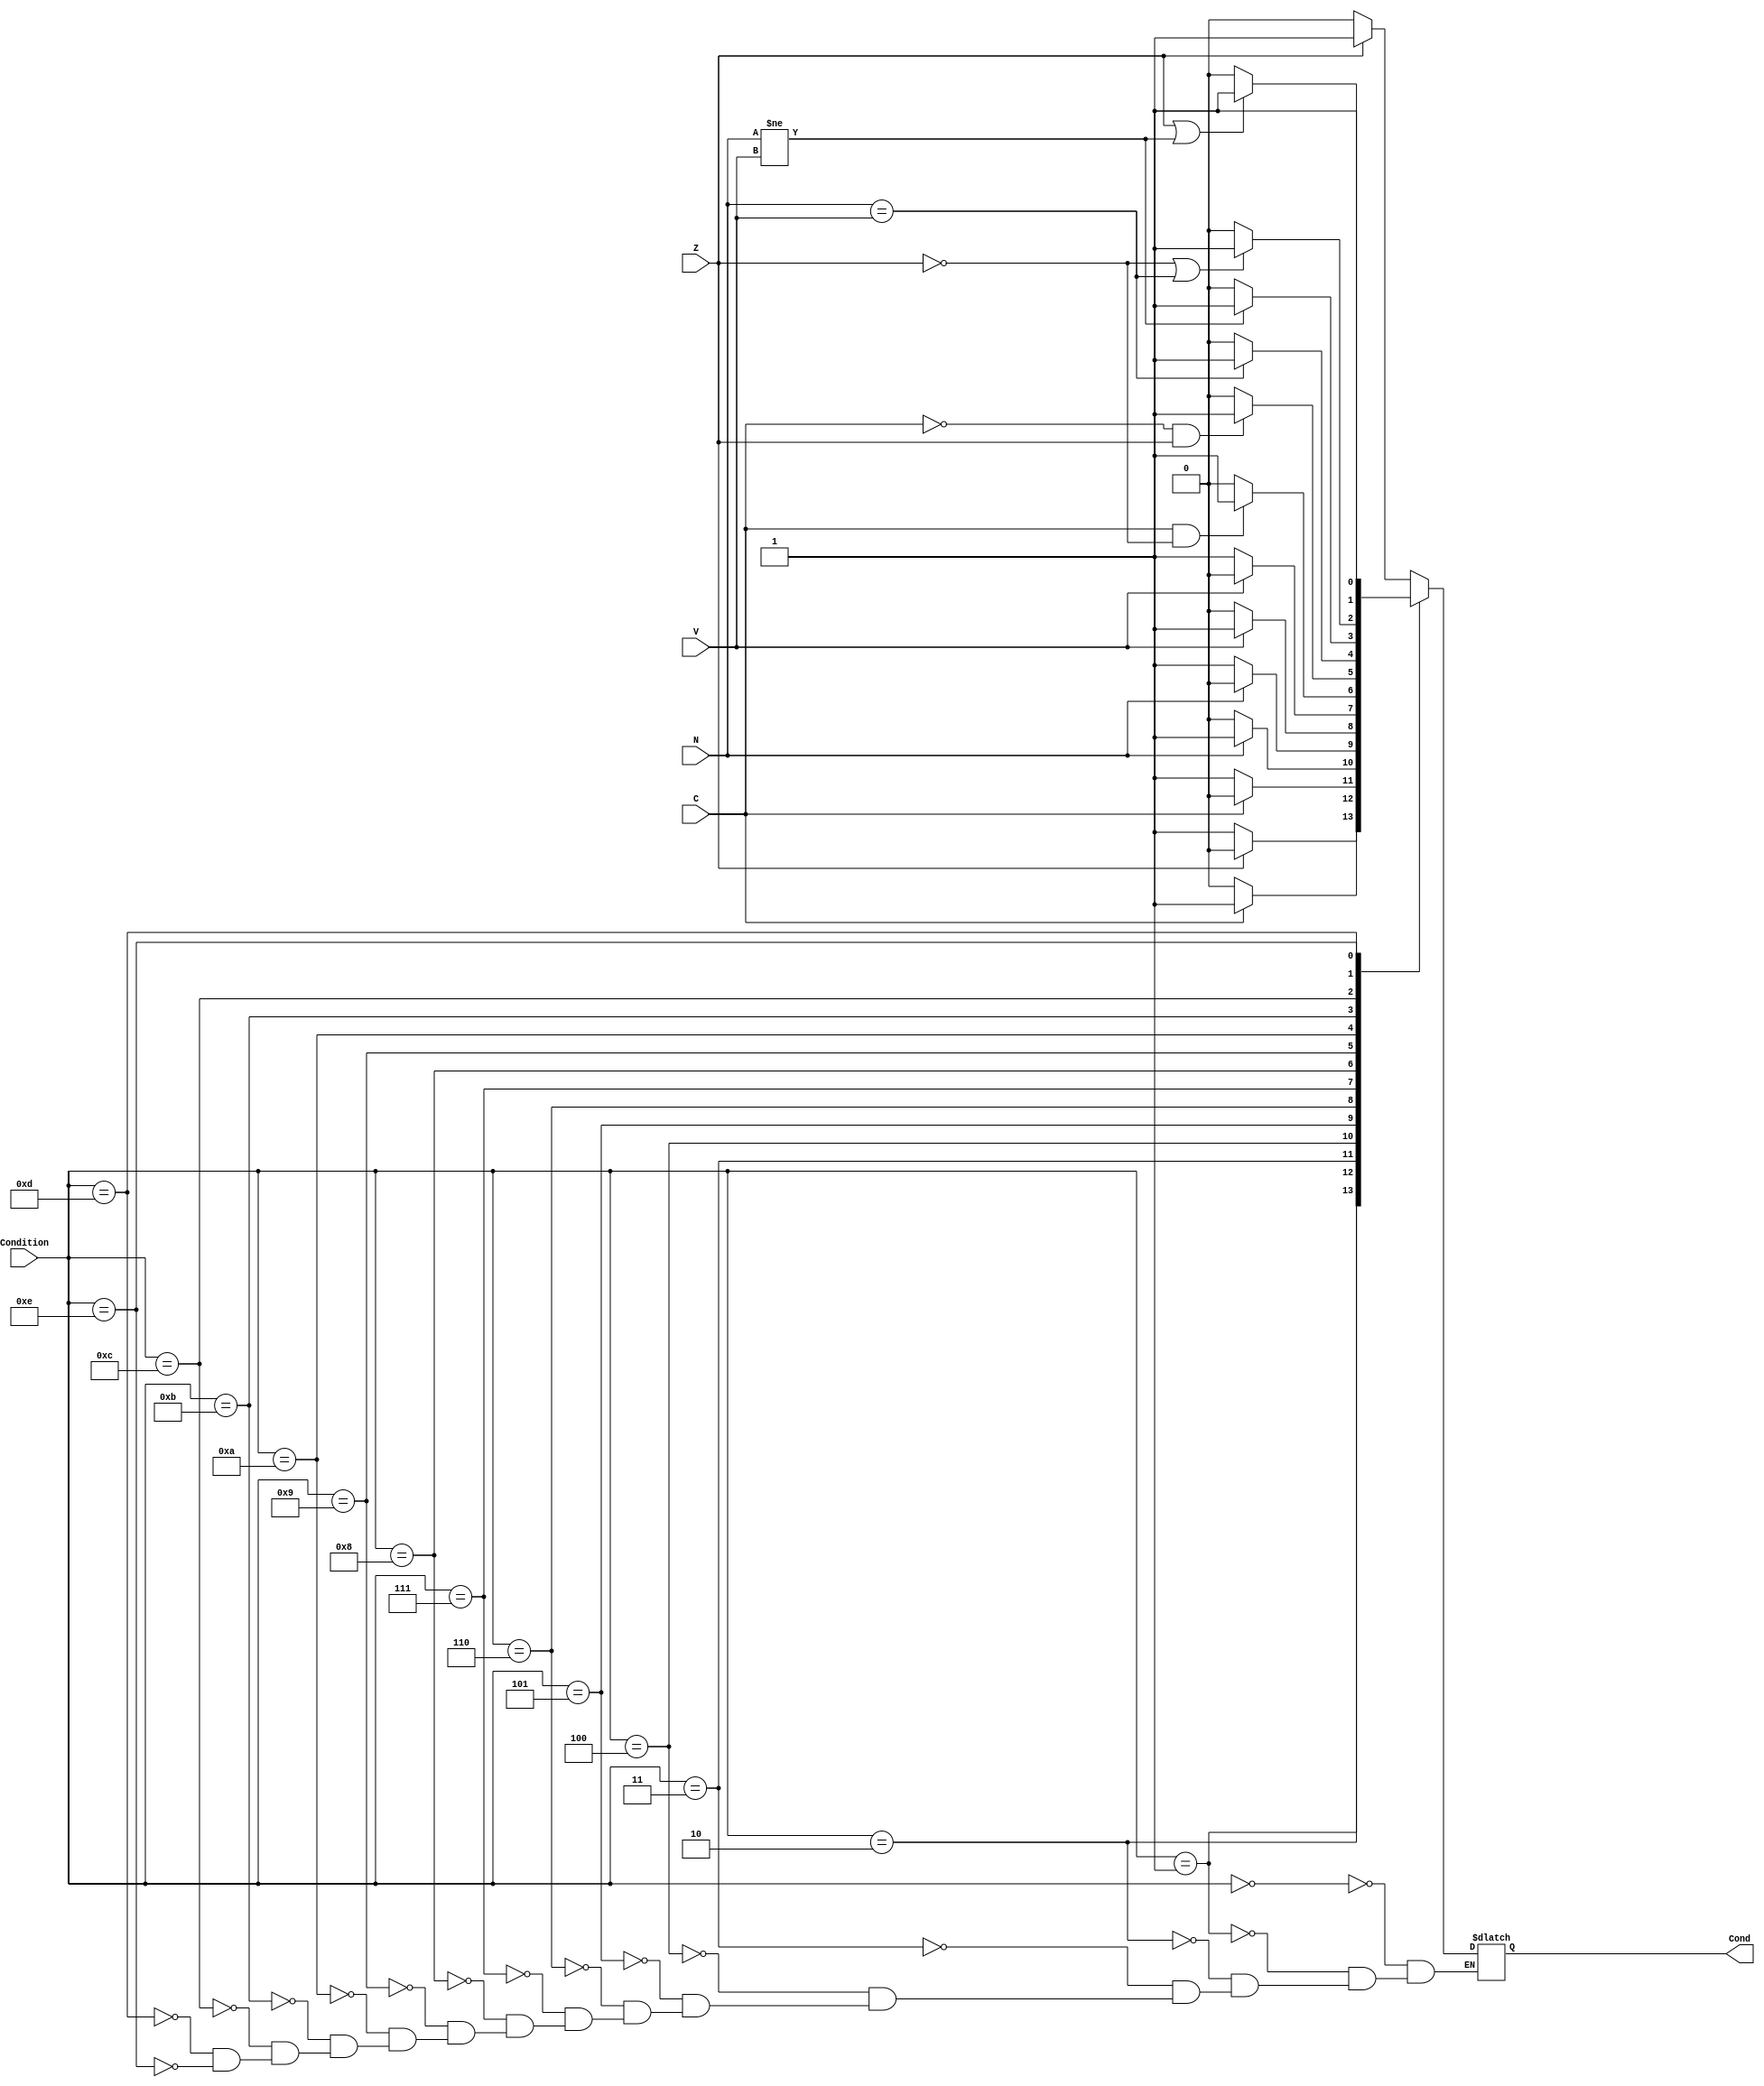
module ConditionTester(input  N , Z , V , C , input[3:0] Condition , output reg Cond);
    always @*

    case(Condition)

        4'd0:
            begin 
                Cond <= (Z == 1 ) ? 1:0;
            end
        
        4'd1:
            begin
              Cond <= (Z == 0) ? 1:0;
            end
        
        4'd2:
            begin
                Cond <= (C == 1) ? 1:0;
            end
        
        4'd3:
            begin
                Cond <= (C == 0) ? 1:0;
            end

        4'd4:
            begin
                Cond <= (N == 1) ? 1:0;
            end

        4'd5:
            begin
                Cond <= (N == 0) ? 1:0;
            end

        4'd6:
            begin
                Cond <= (V ==  1) ? 1:0;
            end
       
        4'd7:
            begin
                Cond <= (V == 0) ? 1:0;
            end
        
        4'd8:
            begin
                Cond <= (C == 1 & Z == 0) ? 1:0;
            end
        
        4'd9:
            begin
                Cond <= (C == 0 & Z == 1) ? 1:0;
            end
        
        4'd10:
            begin
              Cond <= (N == V )? 1:0;
            end

        4'd11:
            begin
              Cond <= (N != V )? 1:0;
            end
        
        4'd12:
            begin
              Cond <= ((Z == 0) || (N == V))? 1:0;
            end

        4'd13:
            begin
              Cond <= ((Z == 1) || (N != V))? 1:0;
            end

        4'd14:
            begin
              Cond <= 1;
            end
        
        4'd15:
            begin
              //TODO
            end

    endcase

endmodule